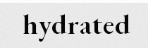
hydrated